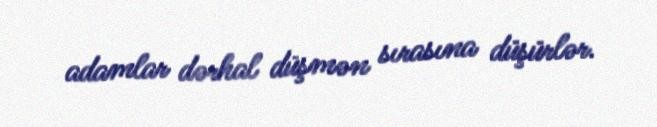
adamlar dərhal düşmən sırasına düşürlər.